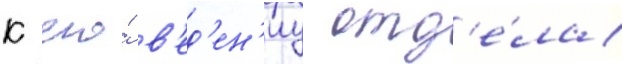
к его́ в'ед'ен'иу отд'е́ла